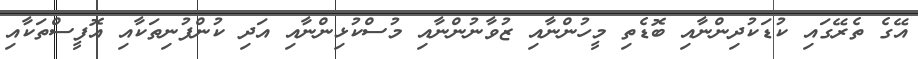
އޭގެ ތެރޭގައި ކުޑަކުދިންނާއި ބޮޑެތި މީހުންނާއި ޒުވާނުންނާއި މުސްކުޅިންނާއި އަދި ކުންފުނިތަކާއި އޮފީސްތަކާއި